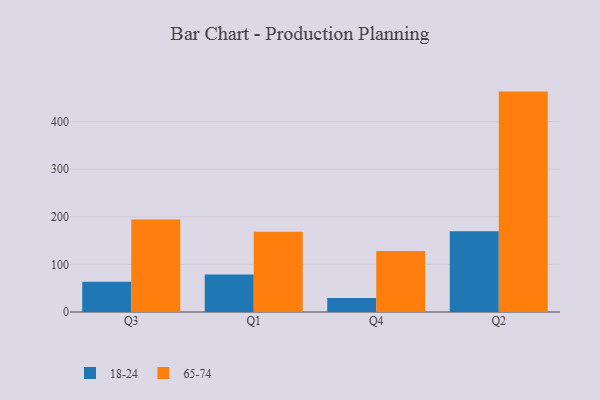
{"axis": {"x": "Quarter", "y": "Operating Costs (USD K)"}, "legend": ["18-24", "65-74"], "data": [{"x": "Q3", "y": 63.4, "type": "18-24"}, {"x": "Q3", "y": 194.5, "type": "65-74"}, {"x": "Q1", "y": 78.7, "type": "18-24"}, {"x": "Q1", "y": 168.6, "type": "65-74"}, {"x": "Q4", "y": 29.2, "type": "18-24"}, {"x": "Q4", "y": 128.2, "type": "65-74"}, {"x": "Q2", "y": 169.4, "type": "18-24"}, {"x": "Q2", "y": 462.9, "type": "65-74"}]}